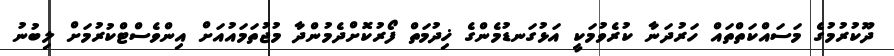
ދޫކުރުމުގެ މަސައްކަތްތައް ހަރުދަނާ ކުރެވުމަކީ އަޅުގަނޑުމެންގެ ޚިދުމަތް ފޯރުކޮށްދެމުންދާ މުޖުތަމައުއަށް އިންވެސްޓްކުރުމަށް ލިބުނު